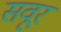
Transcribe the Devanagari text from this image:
सवूर